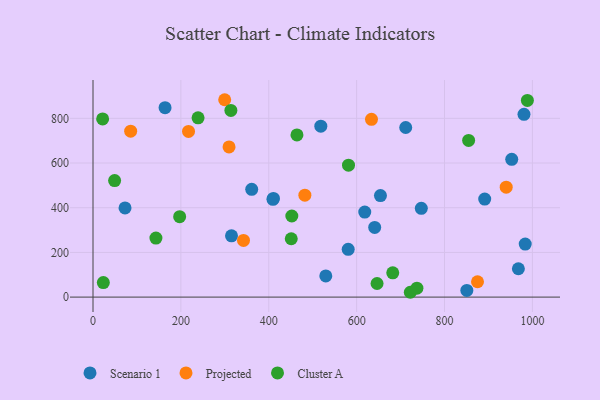
{"axis": {"x": "Ad Spend", "y": "Salary"}, "legend": ["Cluster A", "Projected", "Scenario 1"], "data": [{"x": "980.9", "y": 817.8, "type": "Scenario 1"}, {"x": "983.7", "y": 237.3, "type": "Scenario 1"}, {"x": "618.5", "y": 380.3, "type": "Scenario 1"}, {"x": "711.7", "y": 759.0, "type": "Scenario 1"}, {"x": "580.8", "y": 213.9, "type": "Scenario 1"}, {"x": "747.2", "y": 397.1, "type": "Scenario 1"}, {"x": "891.5", "y": 438.8, "type": "Scenario 1"}, {"x": "654.2", "y": 454.4, "type": "Scenario 1"}, {"x": "410.6", "y": 441.6, "type": "Scenario 1"}, {"x": "953.0", "y": 616.4, "type": "Scenario 1"}, {"x": "315.2", "y": 274.1, "type": "Scenario 1"}, {"x": "72.9", "y": 399.2, "type": "Scenario 1"}, {"x": "850.8", "y": 29.8, "type": "Scenario 1"}, {"x": "641.1", "y": 311.7, "type": "Scenario 1"}, {"x": "529.8", "y": 94.6, "type": "Scenario 1"}, {"x": "518.5", "y": 765.0, "type": "Scenario 1"}, {"x": "361.2", "y": 482.3, "type": "Scenario 1"}, {"x": "968.1", "y": 126.8, "type": "Scenario 1"}, {"x": "164.0", "y": 847.5, "type": "Scenario 1"}, {"x": "409.6", "y": 437.3, "type": "Scenario 1"}, {"x": "217.4", "y": 741.3, "type": "Projected"}, {"x": "482.2", "y": 455.9, "type": "Projected"}, {"x": "309.6", "y": 672.2, "type": "Projected"}, {"x": "875.1", "y": 68.8, "type": "Projected"}, {"x": "299.7", "y": 883.2, "type": "Projected"}, {"x": "85.7", "y": 742.5, "type": "Projected"}, {"x": "940.4", "y": 491.9, "type": "Projected"}, {"x": "342.5", "y": 253.4, "type": "Projected"}, {"x": "633.8", "y": 795.5, "type": "Projected"}, {"x": "682.2", "y": 108.6, "type": "Cluster A"}, {"x": "21.9", "y": 797.3, "type": "Cluster A"}, {"x": "854.9", "y": 701.0, "type": "Cluster A"}, {"x": "197.2", "y": 360.1, "type": "Cluster A"}, {"x": "464.2", "y": 725.5, "type": "Cluster A"}, {"x": "451.2", "y": 261.2, "type": "Cluster A"}, {"x": "49.2", "y": 521.3, "type": "Cluster A"}, {"x": "646.5", "y": 60.8, "type": "Cluster A"}, {"x": "143.2", "y": 264.3, "type": "Cluster A"}, {"x": "722.2", "y": 21.6, "type": "Cluster A"}, {"x": "988.6", "y": 880.1, "type": "Cluster A"}, {"x": "581.5", "y": 590.2, "type": "Cluster A"}, {"x": "313.8", "y": 835.2, "type": "Cluster A"}, {"x": "239.1", "y": 802.1, "type": "Cluster A"}, {"x": "737.2", "y": 40.0, "type": "Cluster A"}, {"x": "23.5", "y": 64.8, "type": "Cluster A"}, {"x": "452.5", "y": 362.9, "type": "Cluster A"}]}